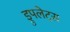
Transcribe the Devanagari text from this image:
ड्रुपलेट्स